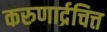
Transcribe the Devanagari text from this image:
करुणार्द्रचित्त